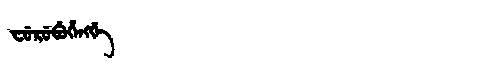
Manchu: ᠸᡠᡵᡠᠪᡠᡥᡝᠩᡤᡝ
Romanization: FURUBUHENGGE